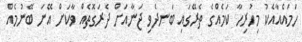
ހަމައެއާއެކު މިހުރިހާ ކަމެއްގެ ތެރޭގައި ބަނދެވި ޖަނާއަށް ދެރަގޮތެއް ވާކަށް އޭނަ ބޭނުމެއް